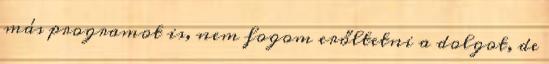
más programot is, nem fogom erőltetni a dolgot, de